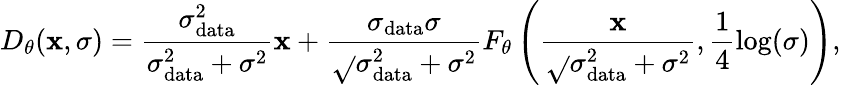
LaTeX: D_{\theta}(\mathbf{x},\sigma)=\frac{{\sigma_{\mathrm{{data}}}^{2}}}{{\sigma_{\mathrm{{data}}}^{2}+\sigma^{2}}}\mathbf{x}+\frac{{\sigma_{\mathrm{{data}}}\sigma}}{{\sqrt{}{{\sigma_{\mathrm{{data}}}^{2}+\sigma^{2}}}}}F_{\theta}\left(\frac{{\mathbf{x}}}{{\sqrt{}{{\sigma_{\mathrm{{data}}}^{2}+\sigma^{2}}}}},\frac{{1}}{{4}}\log(\sigma)\right),